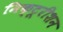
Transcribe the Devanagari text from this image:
मिक्टूरीशन